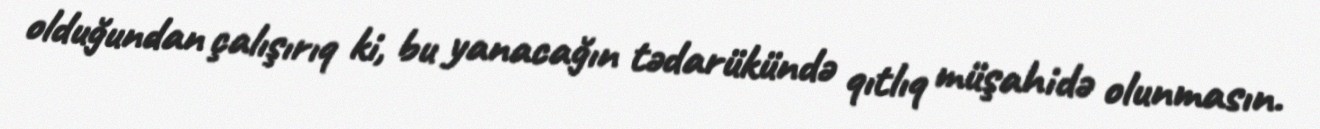
olduğundan çalışırıq ki, bu yanacağın tədarükündə qıtlıq müşahidə olunmasın.